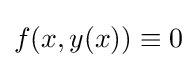
f(x,y(x))\equiv 0